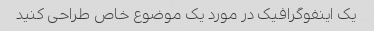
یک اینفوگرافیک در مورد یک موضوع خاص طراحی کنید